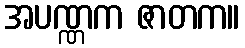
အပဏ္ဏက ဇာတက။